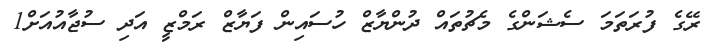
ރޭގެ ފުރަތަމަ ސެޝަންގެ މެޗުތައް ދުންޔާޒް ހުސައިން ފަޔާޒް ރަމްޒީ އަދި ސުޖާއުއަށް1